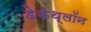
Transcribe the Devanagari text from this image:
डेकेथ्लॉन